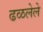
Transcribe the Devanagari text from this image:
ढळलेले